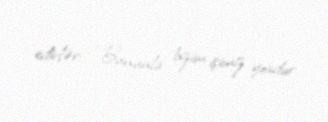
edirlər: “Bununla bizim işimiz yoxdur.